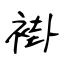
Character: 褂